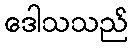
ဒေါသသည်